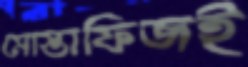
মোস্তাফিজই